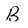
Character: B